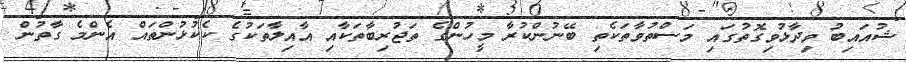
ޝުއައިބު ވިދާޅުވިގޮތުގައި މަސްތުވާތަކެތި ބޭނުންކުރާ މީހުންގެ ތަޖުރިބާތަކާއި އާއިލާތަކުގެ ކެކުޅުންތައް އެންމެ ގާތުން